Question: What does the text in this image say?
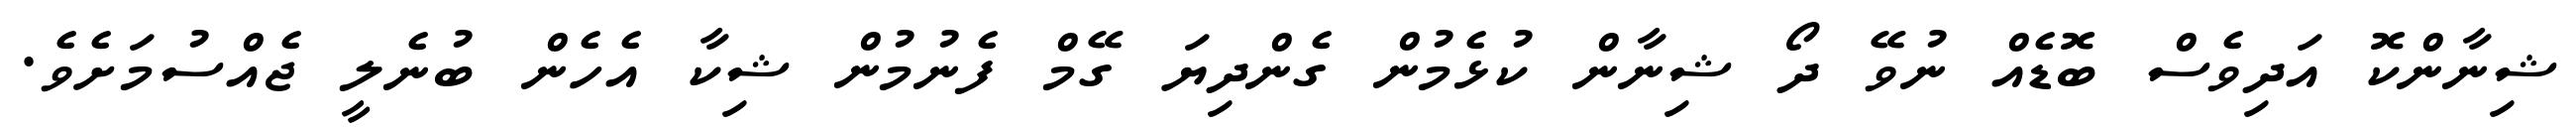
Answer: ޝިނާންކޮ އަދިވެސް ބޮޑެއް ނުވޭ ދޯ ޝިނާން ކުޅެމުން ގެންދިޔަ ގޭމް ފެނުމުން ޝިކާ އެހެން ބުނެލީ ޖެއްސުމަށެވެ.